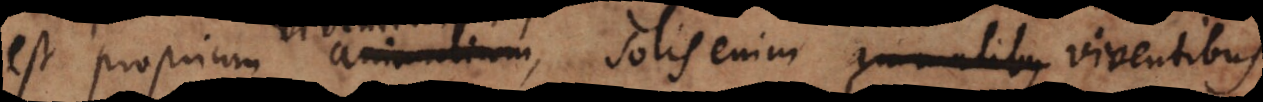
est proprium animalium, solis enim animalibus